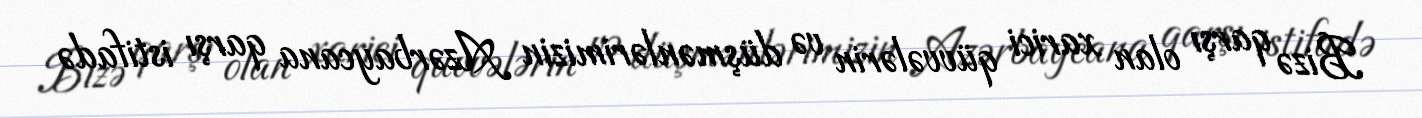
Bizə qarşı olan xarici qüvvələrin və düşmənlərimizin Azərbaycana qarşı istifadə